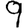
Digit: 9